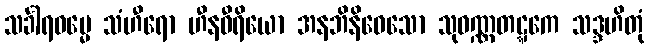
သင်္ခါရဓမ္မေ သံဟီရော ဟီနဝီရိယော အနဘိနိဝေသော သုဝဏ္ဏတဋ္ဋကေ သဒ္ဒဟိတုံ